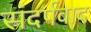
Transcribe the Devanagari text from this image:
संदर्पवाद